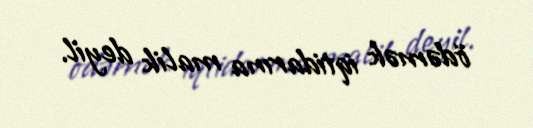
ödəmək iqtidarına malik deyil.